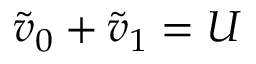
\tilde { v } _ { 0 } + \tilde { v } _ { 1 } = U